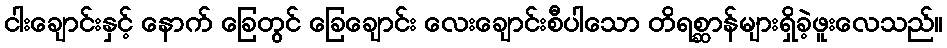
ငါးချောင်းနှင့် နောက် ခြေတွင် ခြေချောင်း လေးချောင်းစီပါသော တိရစ္ဆာန်များရှိခဲ့ဖူးလေသည်။